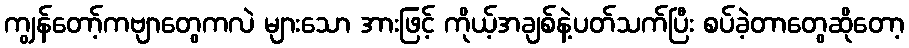
ကျွန်တော့်ကဗျာတွေကလဲ များသော အားဖြင့် ကိုယ့်အချစ်နဲ့ပတ်သက်ပြီး စပ်ခဲ့တာတွေဆိုတော့